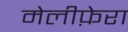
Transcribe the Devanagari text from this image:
मेलीफ़ेरा